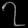
Digit: ၇